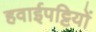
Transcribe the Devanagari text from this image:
हवाईपट्टियों